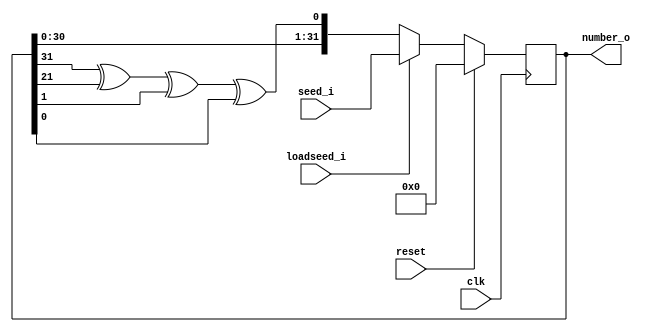
module rng(clk,reset,loadseed_i,seed_i,number_o);
input clk;
input reset;
input loadseed_i;
input [31:0] seed_i;
output [31:0] number_o;

reg [31:0]number_intern;
assign number_o = number_intern;
wire feedback = number_intern[31]^number_intern[21]^number_intern[1]^number_intern[0];

always @(posedge clk)
  if (reset) 
    number_intern <= 32'h0;
  else if (loadseed_i)
    number_intern <=seed_i;
  else
    number_intern <= {number_o[30:0], feedback} ;

endmodule